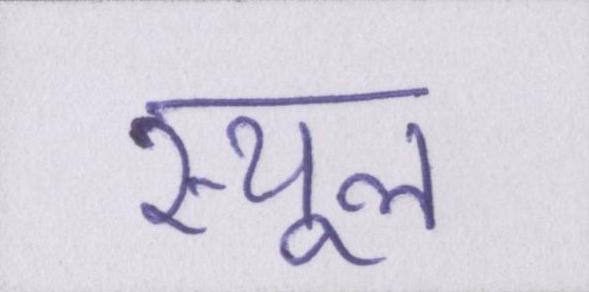
स्थूल